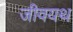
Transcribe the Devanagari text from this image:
जीवयथ